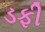
ડફી